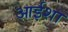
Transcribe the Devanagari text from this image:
आईशा